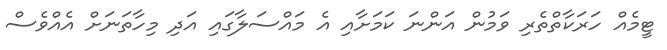
ޓީމެއް ހަރަކާތްތެރި ވަމުން އަންނަ ކަމަށާއި އެ މައްސަލާގައި އަދި މިހާތަނަށް އެއްވެސް